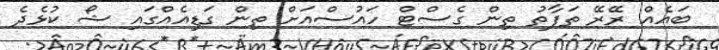
ބައެއް ރޭރޭ ތަފާތު ތިން ގެސްޓް ހައުސްއަށް ތިން ގަޑިއެއްގައި ޝޯ ކުޅެދެ